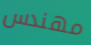
مهندس